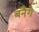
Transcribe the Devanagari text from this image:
बनैगे